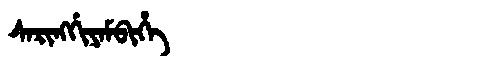
Manchu: ᠰᠠᡵᡳᠩᡤᡳᠶᠠᠮᠪᡳᡥᡝ
Romanization: SARINGGIYAMBIHE